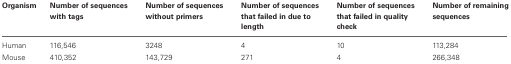
<table><thead><tr><td><b>Organism</b></td><td><b>Number of sequences with tags</b></td><td><b>Number of sequences without primers</b></td><td><b>Number of sequences that failed in due to length</b></td><td><b>Number of sequences that failed in quality check</b></td><td><b>Number of remaining sequences</b></td></tr></thead><tbody><tr><td>Human</td><td>116,546</td><td>3248</td><td>4</td><td>10</td><td>113,284</td></tr><tr><td>Mouse</td><td>410,352</td><td>143,729</td><td>271</td><td>4</td><td>266,348</td></tr></tbody></table>